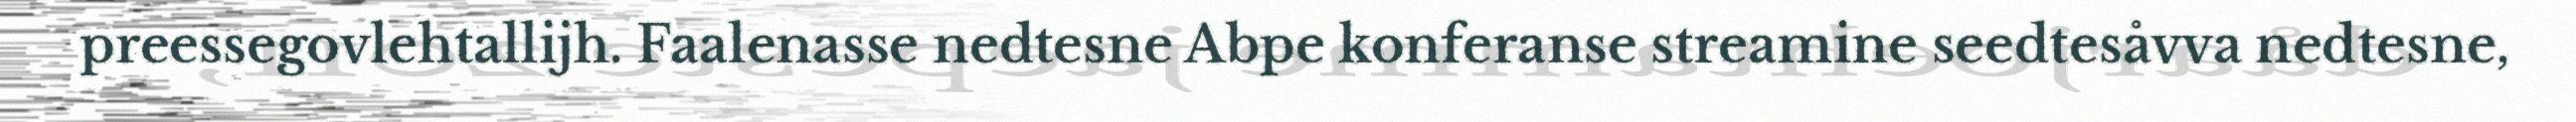
preessegovlehtallijh. Faalenasse nedtesne Abpe konferanse streamine seedtesåvva nedtesne,